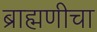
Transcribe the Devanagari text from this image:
ब्राह्मणीचा